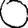
Digit: 0